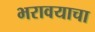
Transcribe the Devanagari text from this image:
भरावयाचा